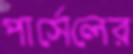
পার্সেলের